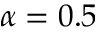
\alpha = 0 . 5